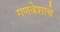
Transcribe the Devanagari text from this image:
गणवेशाचे